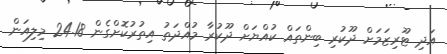
އަދި ޓޫރިޒަމަށް ދޫކުރި ބިންތައް ކުއްޔަށް ދޫކުރާ މުއްދަތު އިތުރުކޮށްގެން 24.18 މިލިއަން